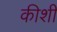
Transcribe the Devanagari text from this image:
कीशी